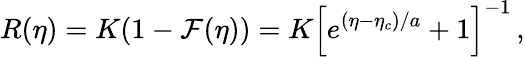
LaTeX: R(\eta)=K(1-\mathcal{F}(\eta))=K\left[e^{(\eta-\eta_{c})/a}+1\right]^{-1}\, ,